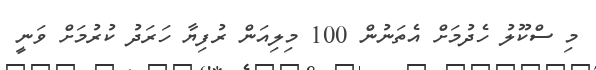
މި ސްކޫލު ހެދުމަށް އެތަނުން 100 މިލިއަން ރުފިޔާ ހަރަދު ކުރުމަށް ވަނީ